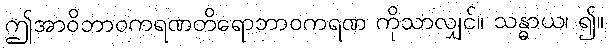
ဤအာဝိဘာဝကရဏတိရောဘာဝကရဏ ကိုသာလျှင်။ သန္ဓာယ၊ ၍။